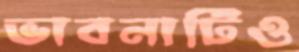
ভাবনাটিও